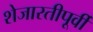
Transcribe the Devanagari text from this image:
शेजारतीपूर्वी